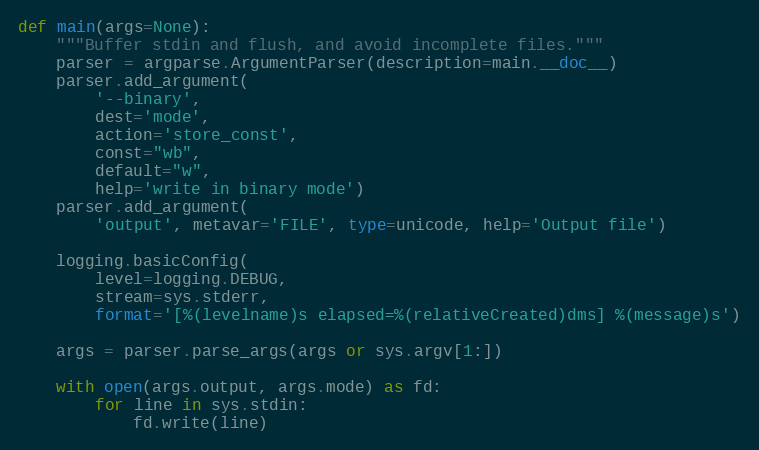
Language: Python
def main(args=None):
    """Buffer stdin and flush, and avoid incomplete files."""
    parser = argparse.ArgumentParser(description=main.__doc__)
    parser.add_argument(
        '--binary',
        dest='mode',
        action='store_const',
        const="wb",
        default="w",
        help='write in binary mode')
    parser.add_argument(
        'output', metavar='FILE', type=unicode, help='Output file')

    logging.basicConfig(
        level=logging.DEBUG,
        stream=sys.stderr,
        format='[%(levelname)s elapsed=%(relativeCreated)dms] %(message)s')

    args = parser.parse_args(args or sys.argv[1:])

    with open(args.output, args.mode) as fd:
        for line in sys.stdin:
            fd.write(line)